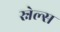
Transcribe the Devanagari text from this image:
स्नेल्स